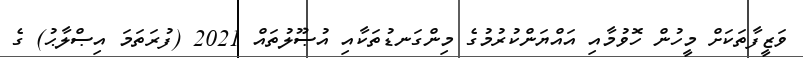
ވަޒީފާތަކަށް މީހުން ހޮވުމާއި އައްޔަންކުރުމުގެ މިންގަނޑުތަކާއި އުޞޫލުތައް 2021 (ފުރަތަމަ އިޞްލާޙު) ގެ